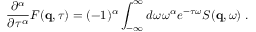
\frac { \partial ^ { \alpha } } { \partial \tau ^ { \alpha } } F ( \mathbf { q } , \tau ) = ( - 1 ) ^ { \alpha } \int _ { - \infty } ^ { \infty } d \omega \, \omega ^ { \alpha } e ^ { - \tau \omega } S ( \mathbf { q } , \omega ) \ .